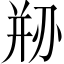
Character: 剙